DOW-UAP-D49, Launch Summary, Vandenberg AFB, 2000
Agency: Department of War
Incident date: 2/3/00
Page 71
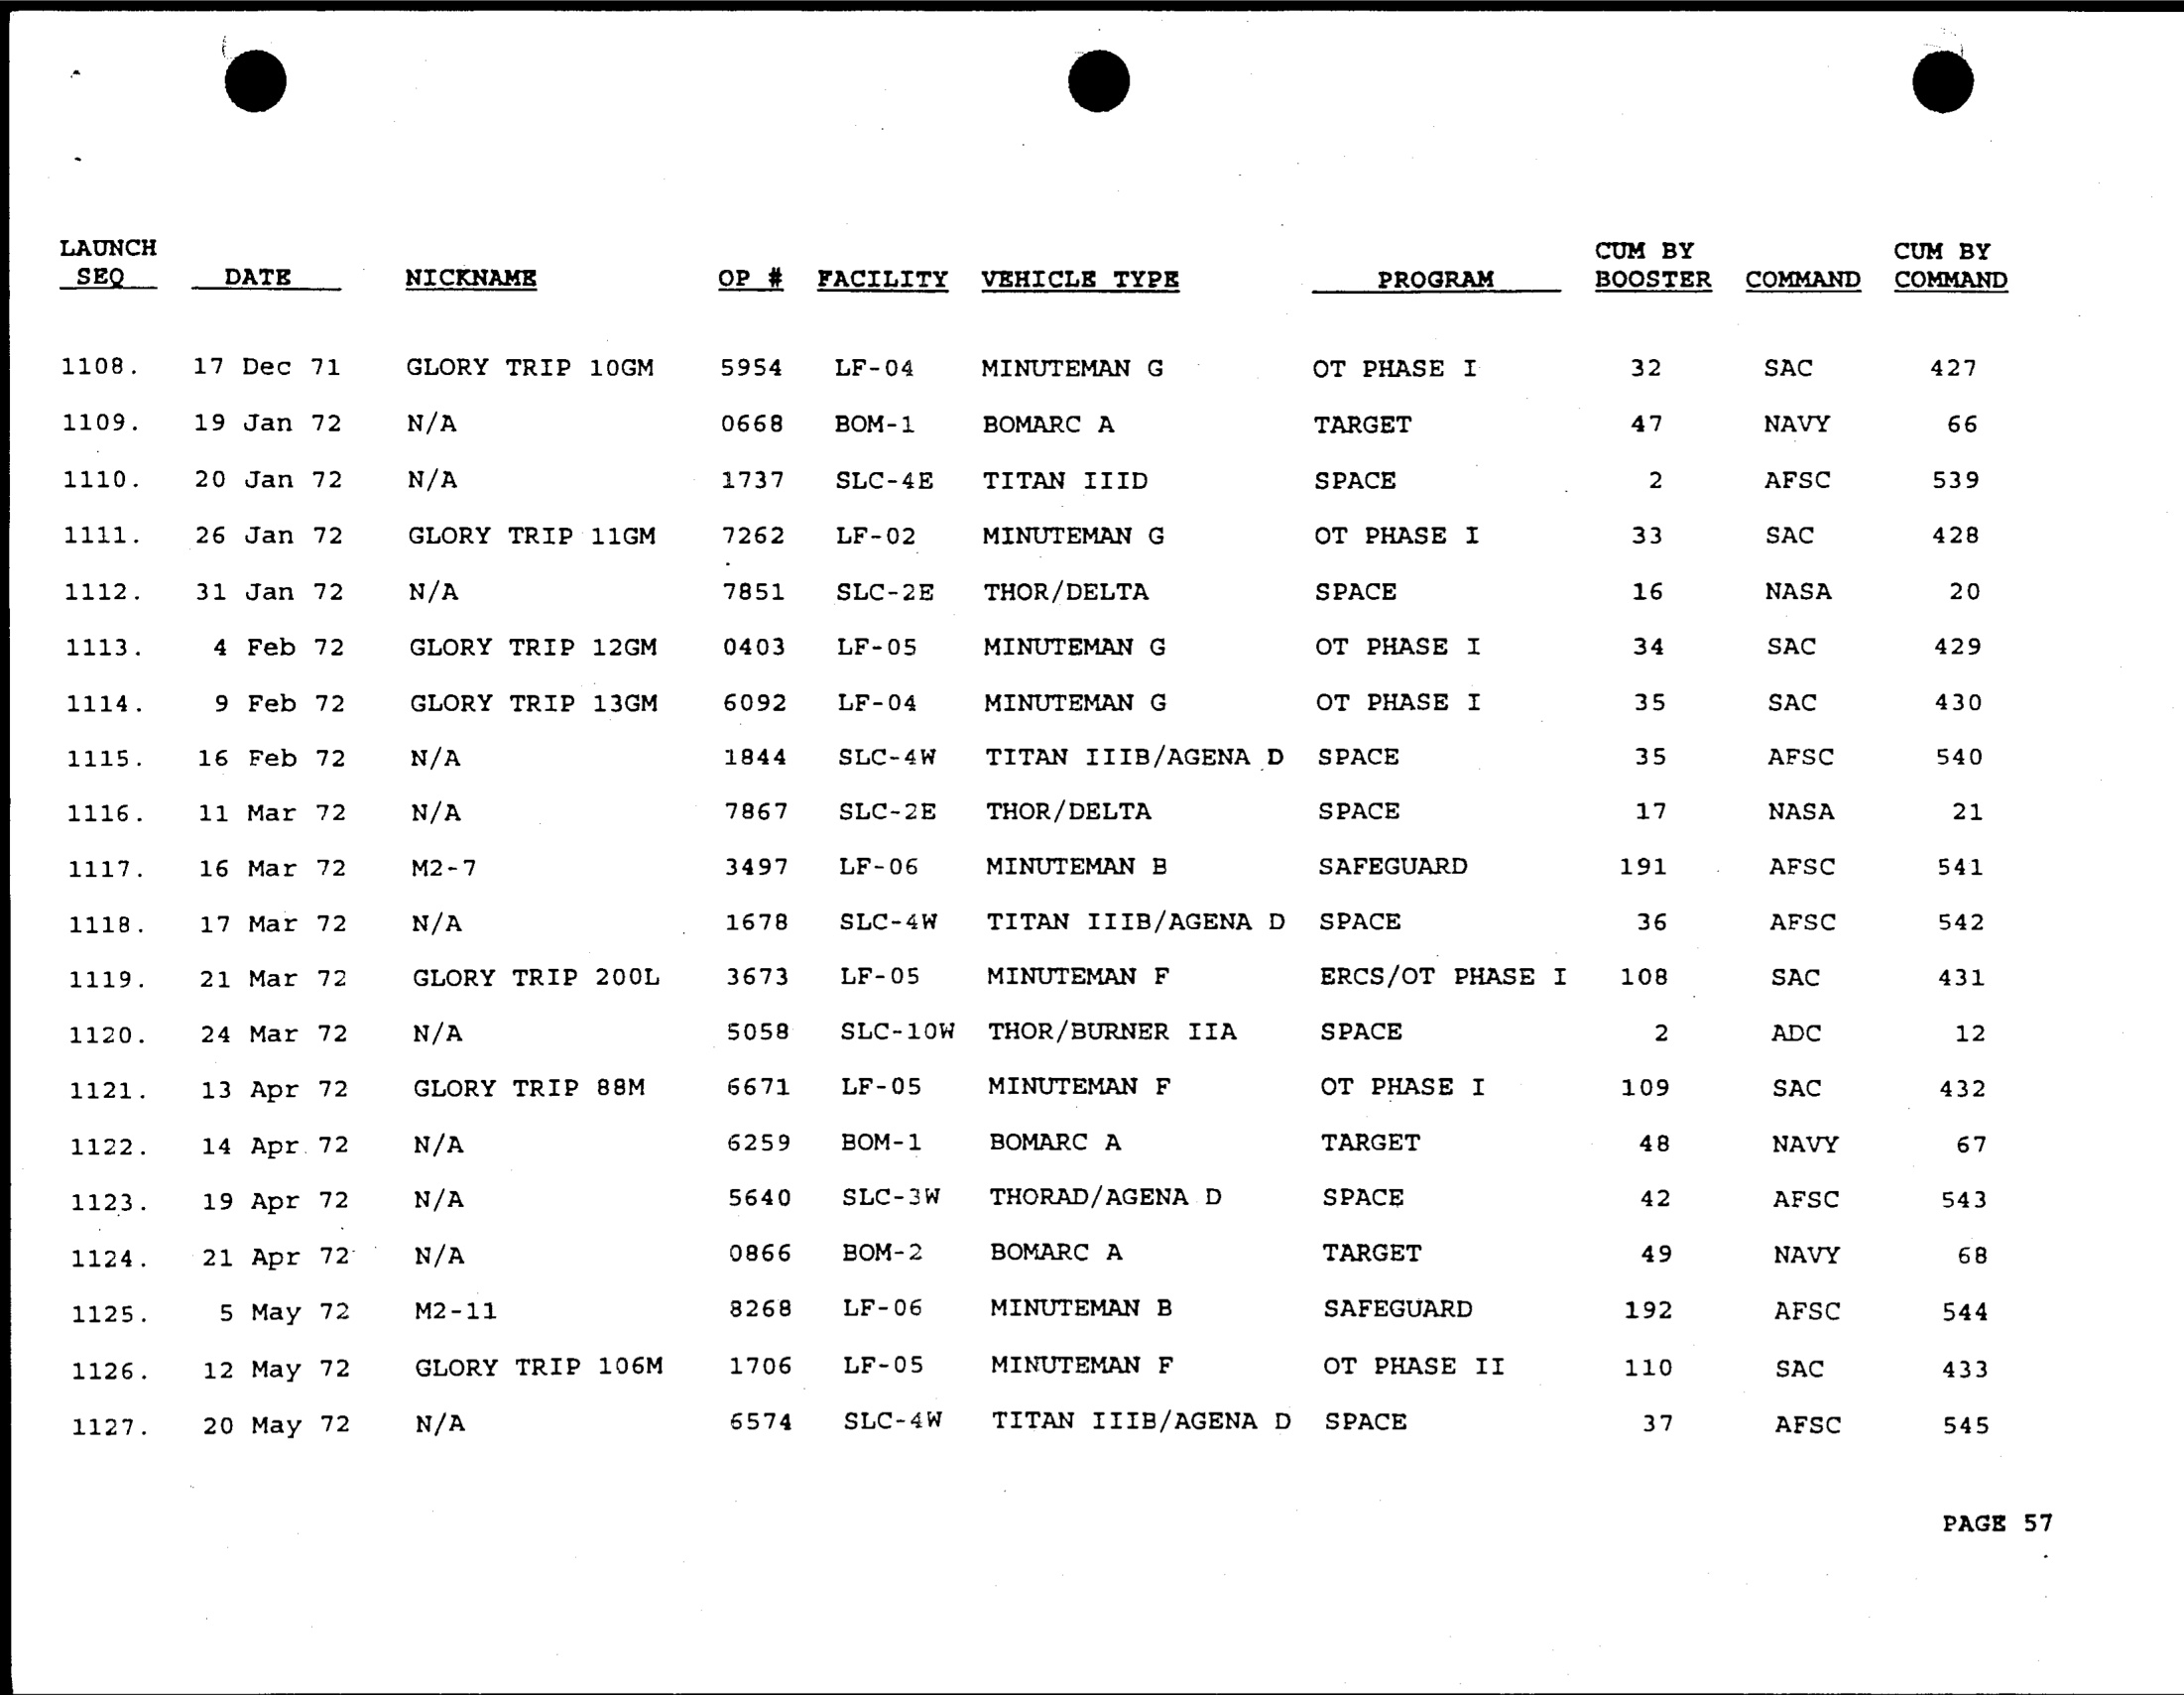